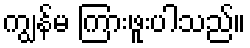
ကျွန်မ ကြားဖူးပါသည်။